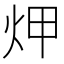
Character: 炠